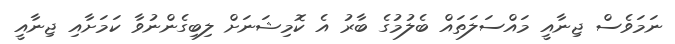
ނަމަވެސް ޖިނާއީ މައްސަލަތައް ބެލުމުގެ ބާރު އެ ކޮމިޝަނަށް ލިބިގެންނުވާ ކަމަށާއި ޖިނާއީ